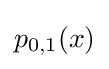
p_{0,1}(x)